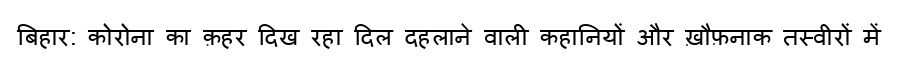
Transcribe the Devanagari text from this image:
बिहार: कोरोना का क़हर दिख रहा दिल दहलाने वाली कहानियों और ख़ौफ़नाक तस्वीरों में